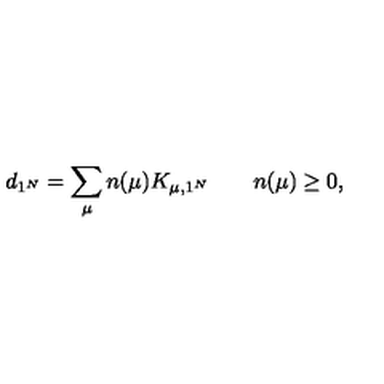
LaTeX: d _ { 1 ^ { N } } = \sum _ { \mu } n ( \mu ) K _ { \mu , 1 ^ { N } } \qquad n ( \mu ) \geq 0 ,